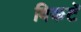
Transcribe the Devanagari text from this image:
विकटें